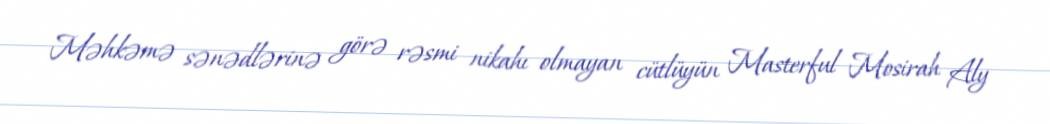
Məhkəmə sənədlərinə görə rəsmi nikahı olmayan cütlüyün Masterful Mosirah Aly